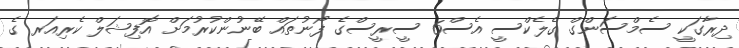
ދިރާގަކީ ސެމްސަންގް ގެލެކްސީ އެސް6 ސީރީސްގެ ފޯނުތައް ބޭނުންކުރުމަށް އޮފިޝަލް ކެރިއަރ ގެ